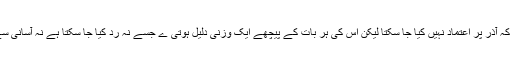
کہانی تو ہمیں بتاتی ہے کہ آذر پر اعتماد نہیں کیا جا سکتا لیکن اس کی ہر بات کے پیچھے ایک وزنی دلیل ہوتی ے جسے نہ رد کیا جا سکتا ہے نہ آسانی سے ہضم کیا جا سکتا ہے۔